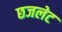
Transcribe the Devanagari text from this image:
छजलेट